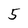
Character: 5